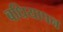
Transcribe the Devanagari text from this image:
बधियापन